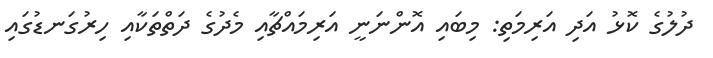
ދުލުގެ ކޮޅު އަދި އަރިމަތި: މިބައި އޮންނަނީ އަރިމައްޗާއި މެދުގެ ދަތްތަކާއި ހިރުގަނޑުގައި